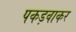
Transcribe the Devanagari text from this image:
पकड़वाकर